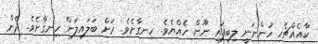
ކާއެއްޗެހި ހުންނަނީ ލިބިފައި ނޫން ހެއްޔެވެ. ހިނގާށެވެ. ރަށް ބަލައިލަން ހިނގާށެވެ. ދެން